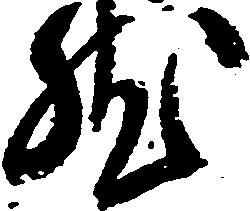
然